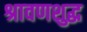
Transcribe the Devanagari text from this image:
श्रावणशुद्ध